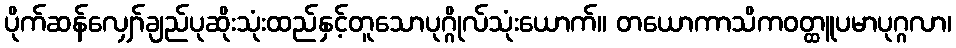
ပိုက်ဆန်လျှော်ချည်ပုဆိုးသုံးထည်နှင့်တူသောပုဂ္ဂိုလ်သုံးယောက်။ တယောကာသိကဝတ္ထူပမာပုဂ္ဂလာ၊